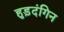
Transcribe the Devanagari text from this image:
हुड़दंगिन